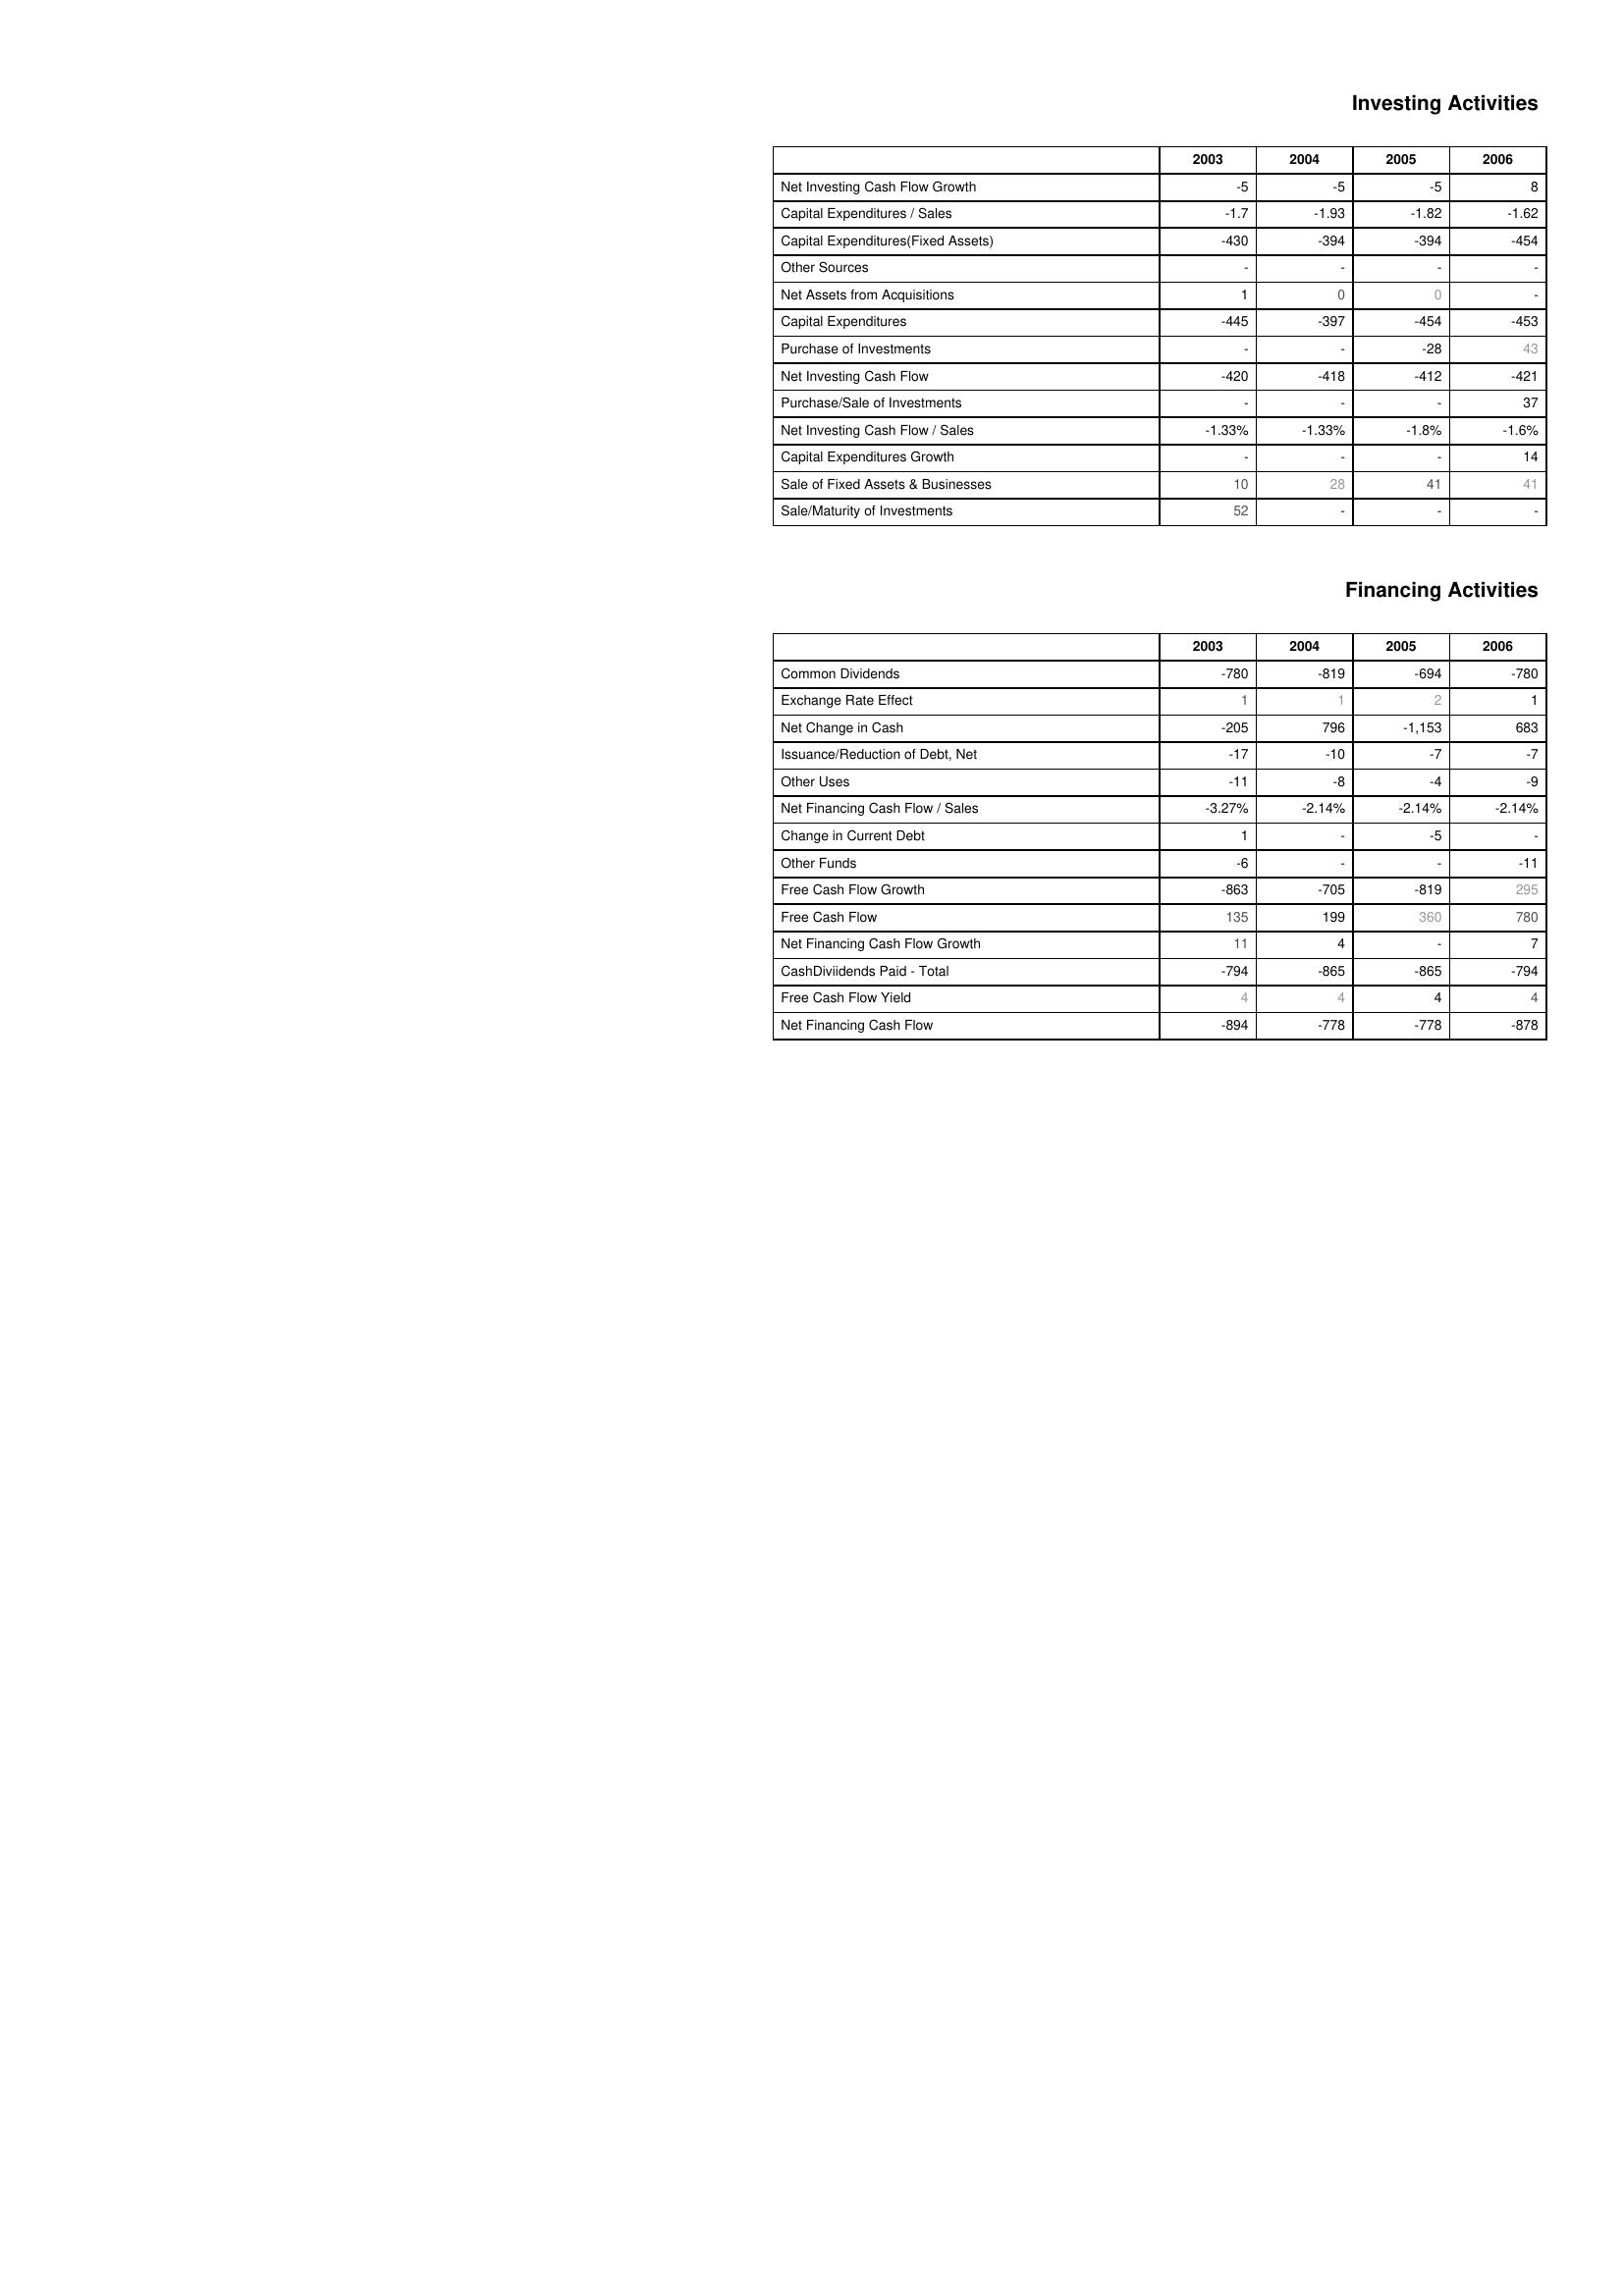
2003: Investing Activities: Net Investing Cash Flow Growth: -5
Capital Expenditures / Sales: -1.7
Capital Expenditures(Fixed Assets): -430
Other Sources: -
Net Assets from Acquisitions: 1
Capital Expenditures: -445
Purchase of Investments: -
Net Investing Cash Flow: -420
Purchase/Sale of Investments: -
Net Investing Cash Flow / Sales: -1.33%
Capital Expenditures Growth: -
Sale of Fixed Assets & Businesses: 10
Sale/Maturity of Investments: 52
Financing Activities: Common Dividends: -780
Exchange Rate Effect: 1
Net Change in Cash: -205
Issuance/Reduction of Debt, Net: -17
Other Uses: -11
Net Financing Cash Flow / Sales: -3.27%
Change in Current Debt: 1
Other Funds: -6
Free Cash Flow Growth: -863
Free Cash Flow: 135
Net Financing Cash Flow Growth: 11
CashDiviidends Paid - Total: -794
Free Cash Flow Yield: 4
Net Financing Cash Flow: -894
2004: Investing Activities: Net Investing Cash Flow Growth: -5
Capital Expenditures / Sales: -1.93
Capital Expenditures(Fixed Assets): -394
Other Sources: -
Net Assets from Acquisitions: 0
Capital Expenditures: -397
Purchase of Investments: -
Net Investing Cash Flow: -418
Purchase/Sale of Investments: -
Net Investing Cash Flow / Sales: -1.33%
Capital Expenditures Growth: -
Sale of Fixed Assets & Businesses: 28
Sale/Maturity of Investments: -
Financing Activities: Common Dividends: -819
Exchange Rate Effect: 1
Net Change in Cash: 796
Issuance/Reduction of Debt, Net: -10
Other Uses: -8
Net Financing Cash Flow / Sales: -2.14%
Change in Current Debt: -
Other Funds: -
Free Cash Flow Growth: -705
Free Cash Flow: 199
Net Financing Cash Flow Growth: 4
CashDiviidends Paid - Total: -865
Free Cash Flow Yield: 4
Net Financing Cash Flow: -778
2005: Investing Activities: Net Investing Cash Flow Growth: -5
Capital Expenditures / Sales: -1.82
Capital Expenditures(Fixed Assets): -394
Other Sources: -
Net Assets from Acquisitions: 0
Capital Expenditures: -454
Purchase of Investments: -28
Net Investing Cash Flow: -412
Purchase/Sale of Investments: -
Net Investing Cash Flow / Sales: -1.8%
Capital Expenditures Growth: -
Sale of Fixed Assets & Businesses: 41
Sale/Maturity of Investments: -
Financing Activities: Common Dividends: -694
Exchange Rate Effect: 2
Net Change in Cash: -1,153
Issuance/Reduction of Debt, Net: -7
Other Uses: -4
Net Financing Cash Flow / Sales: -2.14%
Change in Current Debt: -5
Other Funds: -
Free Cash Flow Growth: -819
Free Cash Flow: 360
Net Financing Cash Flow Growth: -
CashDiviidends Paid - Total: -865
Free Cash Flow Yield: 4
Net Financing Cash Flow: -778
2006: Investing Activities: Net Investing Cash Flow Growth: 8
Capital Expenditures / Sales: -1.62
Capital Expenditures(Fixed Assets): -454
Other Sources: -
Net Assets from Acquisitions: -
Capital Expenditures: -453
Purchase of Investments: 43
Net Investing Cash Flow: -421
Purchase/Sale of Investments: 37
Net Investing Cash Flow / Sales: -1.6%
Capital Expenditures Growth: 14
Sale of Fixed Assets & Businesses: 41
Sale/Maturity of Investments: -
Financing Activities: Common Dividends: -780
Exchange Rate Effect: 1
Net Change in Cash: 683
Issuance/Reduction of Debt, Net: -7
Other Uses: -9
Net Financing Cash Flow / Sales: -2.14%
Change in Current Debt: -
Other Funds: -11
Free Cash Flow Growth: 295
Free Cash Flow: 780
Net Financing Cash Flow Growth: 7
CashDiviidends Paid - Total: -794
Free Cash Flow Yield: 4
Net Financing Cash Flow: -878